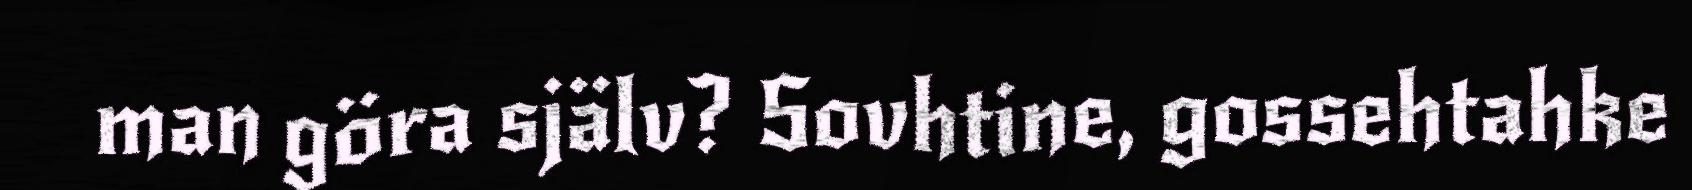
man göra själv? Sovhtine, gossehtahke